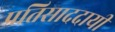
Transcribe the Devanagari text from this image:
प्रतिसाददायी